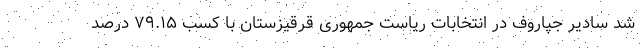
شد سادیر جپاروف در انتخابات ریاست جمهوری قرقیزستان با کسب ۷۹.۱۵ درصد